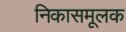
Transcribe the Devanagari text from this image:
निकासमूलक